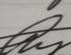
Signature authenticity: genuine